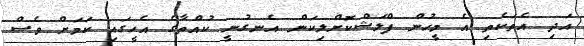
އަދި އެތަކެތި އެ މީހުން ފްލަޝްކޮށްލިކަން އެނގުނީ ކުއްތާގެ އެހީގައި ކަމަށް ވެސް